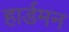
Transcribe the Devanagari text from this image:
हार्डमन